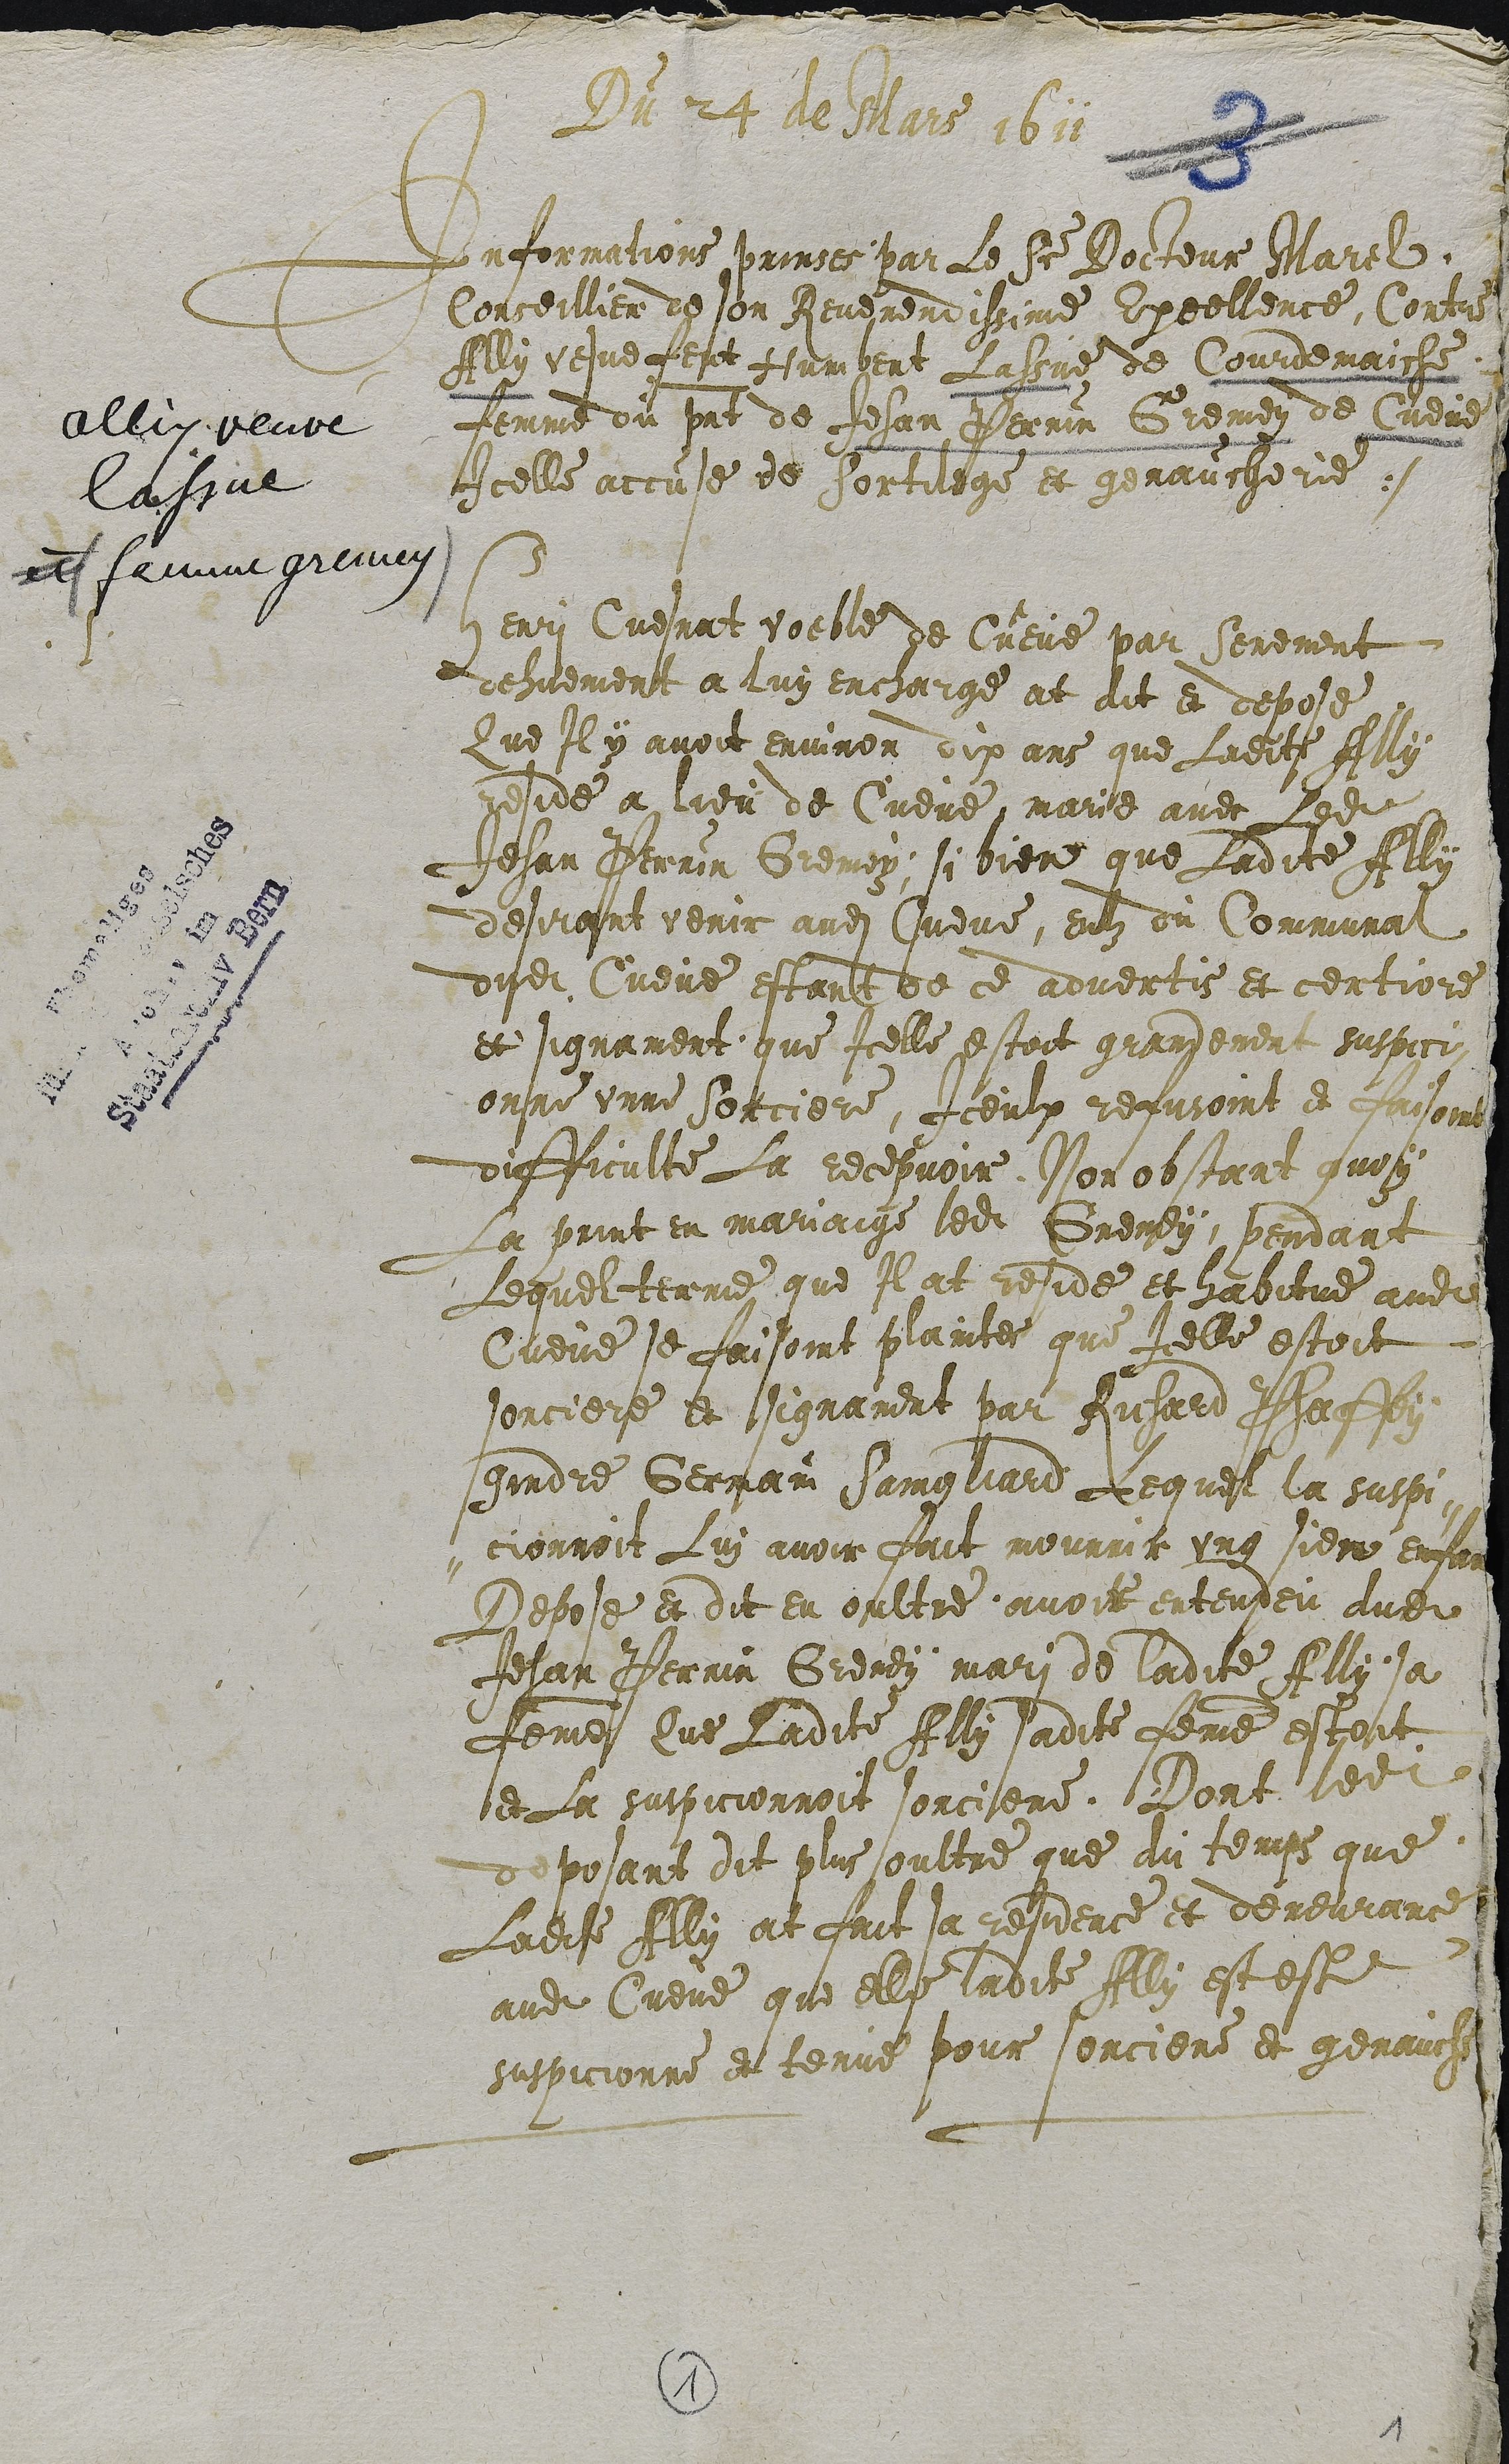
Du 24 de Mars  1611
Informations prinses par le Sieur Docteur Marel,
Conseillier de son Reverendissime Excellence, Contre
Ally vesve feut Humbert Lassue de Courdemaiche
femme du present de Jehan Perrin Gremey de Cueve
Icelle accuse de Sortilege et genaucherie.

Henri Cuesnat voeble de Cueve par Serement
dehuement a luy encharge at dit et depose
Que Il y avoit environ dix ans que Ladite Ally
reside a lieu de Cueve, marie avec Ledit
Jehan Perrin Gremey; si bien que Ladite Ally
desirant venir audit Cueve, eulz du Communal
dudit Cueve estant de ce advertis et certiore
et signament que Icelle estoit grandement suspici-
onne unne Sorcierere, Iceulx refusoint et faisoint
difficulte La recepvoir, Non obstant quoy
La print en mariaige ledit Gremey, pendant
Lequel terme que Il at reside et habitue audit
Cueve se faisoint plaintes que Icelle estoit
sorciere et signament par Richard Phaffey
gindre Germain Saingliard Lequel la suspi-
-cionnoit Lui avoir fait mourrir ung sien enfant
Depose et dit en oultre avoir entendeu dudit
Jehan Perrin Gremey mari de ladite Ally sa
femme Que Ladite Ally sadite femme estoit
et La suspicionnoit sorciere. Dont ledit
deposant dit plus oultre que du temps que
Ladite Ally at fait sa residence et demeurance
audit Cueve que elle ladite Ally est este
suspicionne et tenue pour sorciere et genauche

1
1